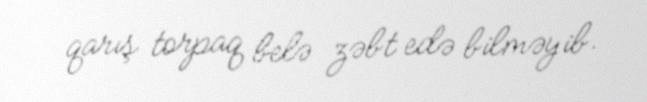
qarış torpaq belə zəbt edə bilməyib.